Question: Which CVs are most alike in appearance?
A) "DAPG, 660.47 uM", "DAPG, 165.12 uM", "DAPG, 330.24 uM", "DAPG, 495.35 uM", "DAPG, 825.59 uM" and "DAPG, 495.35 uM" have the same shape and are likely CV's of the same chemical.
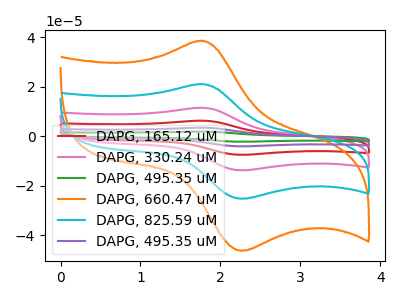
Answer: <think>The red curve "DAPG, 165.12 uM" has an anodic peak at (1.75V, 63.15uA) and a cathodic peak at (2.25V, -75.80uA). The pink curve "DAPG, 330.24 uM" has an anodic peak at (1.75V, 42.10uA) and a cathodic peak at (2.25V, -50.55uA). The green curve "DAPG, 495.35 uM" has an anodic peak at (1.75V, 105.30uA) and a cathodic peak at (2.25V, -126.30uA). The orange curve "DAPG, 660.47 uM" has an anodic peak at (1.75V, 38.60uA) and a cathodic peak at (2.25V, -46.30uA). The cyan curve "DAPG, 825.59 uM" has an anodic peak at (1.75V, 21.05uA) and a cathodic peak at (2.25V, -25.25uA). The purple curve "DAPG, 495.35 uM" has an anodic peak at (1.75V, 84.20uA) and a cathodic peak at (2.25V, -101.05uA).
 All the peaks in "DAPG, 165.12 uM" have a peak in "DAPG, 330.24 uM" at the same potential. Every peak in "DAPG, 165.12 uM" is higher than every peak in "DAPG, 330.24 uM". All the peaks in "DAPG, 165.12 uM" have a peak in "DAPG, 495.35 uM" at the same potential. Every peak in "DAPG, 165.12 uM" is lower than every peak in "DAPG, 495.35 uM". All the peaks in "DAPG, 165.12 uM" have a peak in "DAPG, 660.47 uM" at the same potential. Every peak in "DAPG, 165.12 uM" is higher than every peak in "DAPG, 660.47 uM". All the peaks in "DAPG, 165.12 uM" have a peak in "DAPG, 825.59 uM" at the same potential. Every peak in "DAPG, 165.12 uM" is higher than every peak in "DAPG, 825.59 uM". All the peaks in "DAPG, 165.12 uM" have a peak in "DAPG, 495.35 uM" at the same potential. Every peak in "DAPG, 165.12 uM" is lower than every peak in "DAPG, 495.35 uM". All the peaks in "DAPG, 330.24 uM" have a peak in "DAPG, 495.35 uM" at the same potential. Every peak in "DAPG, 330.24 uM" is lower than every peak in "DAPG, 495.35 uM". All the peaks in "DAPG, 330.24 uM" have a peak in "DAPG, 660.47 uM" at the same potential. Every peak in "DAPG, 330.24 uM" is higher than every peak in "DAPG, 660.47 uM". All the peaks in "DAPG, 330.24 uM" have a peak in "DAPG, 825.59 uM" at the same potential. Every peak in "DAPG, 330.24 uM" is higher than every peak in "DAPG, 825.59 uM". All the peaks in "DAPG, 330.24 uM" have a peak in "DAPG, 495.35 uM" at the same potential. Every peak in "DAPG, 330.24 uM" is lower than every peak in "DAPG, 495.35 uM". All the peaks in "DAPG, 495.35 uM" have a peak in "DAPG, 660.47 uM" at the same potential. Every peak in "DAPG, 495.35 uM" is higher than every peak in "DAPG, 660.47 uM". All the peaks in "DAPG, 495.35 uM" have a peak in "DAPG, 825.59 uM" at the same potential. Every peak in "DAPG, 495.35 uM" is higher than every peak in "DAPG, 825.59 uM". All the peaks in "DAPG, 495.35 uM" have a peak in "DAPG, 495.35 uM" at the same potential. Every peak in "DAPG, 495.35 uM" is higher than every peak in "DAPG, 495.35 uM". All the peaks in "DAPG, 660.47 uM" have a peak in "DAPG, 825.59 uM" at the same potential. Every peak in "DAPG, 660.47 uM" is higher than every peak in "DAPG, 825.59 uM". All the peaks in "DAPG, 660.47 uM" have a peak in "DAPG, 495.35 uM" at the same potential. Every peak in "DAPG, 660.47 uM" is lower than every peak in "DAPG, 495.35 uM". All the peaks in "DAPG, 825.59 uM" have a peak in "DAPG, 495.35 uM" at the same potential. Every peak in "DAPG, 825.59 uM" is lower than every peak in "DAPG, 495.35 uM".</think>
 <answer>A) "DAPG, 660.47 uM", "DAPG, 165.12 uM", "DAPG, 330.24 uM", "DAPG, 495.35 uM", "DAPG, 825.59 uM" and "DAPG, 495.35 uM" have the same shape and are likely CV's of the same chemical.</answer>
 <eval>A</eval>